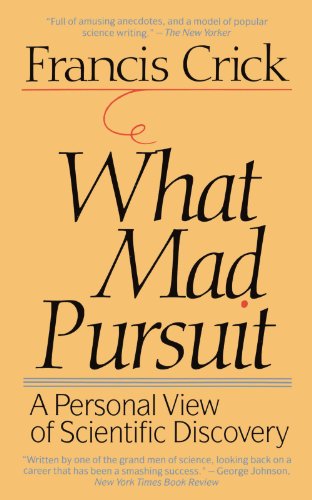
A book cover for What Mad Pursuit: A Personal View of Scientific Discovery; Francis Crick; Science & Math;